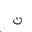
Letter: _non